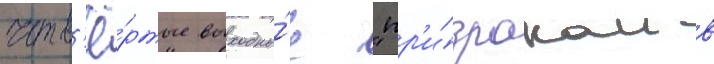
четв'ё́ртые выходны́е "пр'и́зраком в